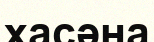
хасәна